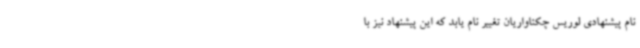
نام پیشنهادی لوریس چکناواریان تغییر نام یابد که این پیشنهاد نیز با